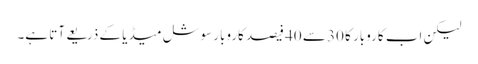
لیکن اب کاروبار کا 30 سے 40 فیصد کاروبار سوشل میڈیا کے ذریعے آتا ہے۔